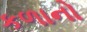
કળાનો